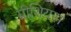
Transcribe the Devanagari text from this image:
ग्रीशियस